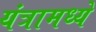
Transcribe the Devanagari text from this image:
यंत्रामध्ये